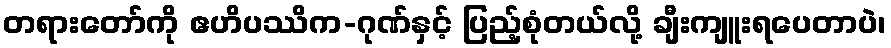
တရားတော်ကို ဧဟိပဿိက-ဂုဏ်နှင့် ပြည့်စုံတယ်လို့ ချီးကျူးရပေတာပဲ၊